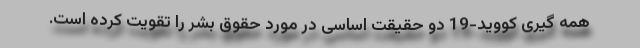
همه گیری کووید-19 دو حقیقت اساسی در مورد حقوق بشر را تقویت کرده است.